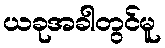
ယခုအခါတွင်မူ